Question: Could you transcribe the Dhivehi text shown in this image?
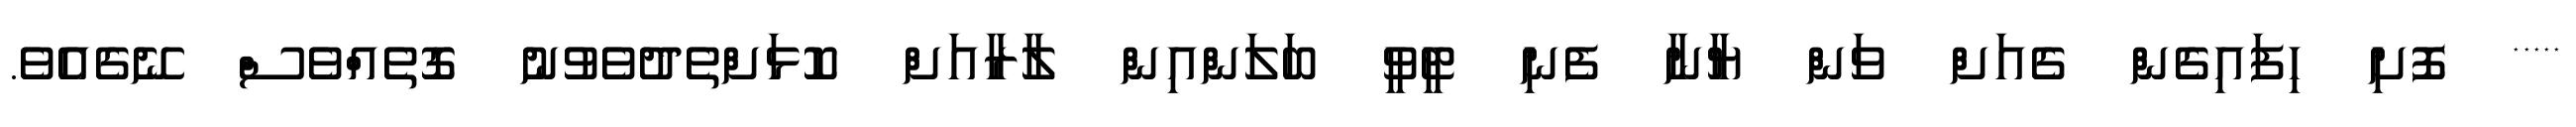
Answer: ***** ފޮށި ހިފައިގެން ގެއަށް ވަން ޔާނާ ފެނި ޓީވީ ބަލަންއިން ލާރާއަށް ކޮޅަށްތެދުވެވުނު ގޮތެއްވެސް ނޭގެއެވެ.